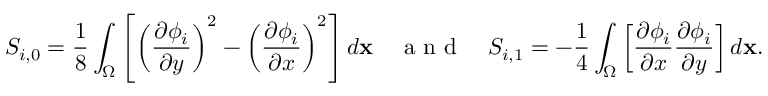
S _ { i , 0 } = \frac { 1 } { 8 } \int _ { \Omega } \left[ \left( \frac { \partial \phi _ { i } } { \partial y } \right) ^ { 2 } - \left( \frac { \partial \phi _ { i } } { \partial x } \right) ^ { 2 } \right] d \mathbf { x } \quad \mathrm { ~ a ~ n ~ d ~ } \quad S _ { i , 1 } = - \frac { 1 } { 4 } \int _ { \Omega } \left[ \frac { \partial \phi _ { i } } { \partial x } \frac { \partial \phi _ { i } } { \partial y } \right] d \mathbf { x } .